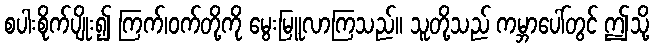
စပါးစိုက်ပျိုး၍ ကြက်၊ဝက်တို့ကို မွေးမြူလာကြသည်။ သူတို့သည် ကမ္ဘာပေါ်တွင် ဤသို့